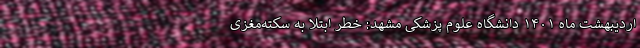
اردیبهشت ماه ۱۴۰۱ دانشگاه علوم پزشکی مشهد: خطر ابتلا به سکته‌مغزی